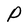
Character: P